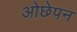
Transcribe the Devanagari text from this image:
ओछेपन